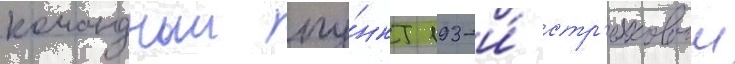
командныи пу́нкт 193-и́ стр'елковои